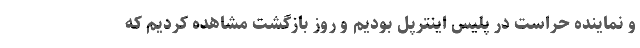
و نماینده حراست در پلیس اینترپل بودیم و روز بازگشت مشاهده کردیم که